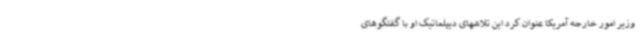
وزیر امور خارجه آمریکا عنوان کرد این تلاشهای دیپلماتیک او با گفتگوهای